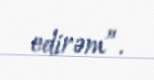
edirəm”.